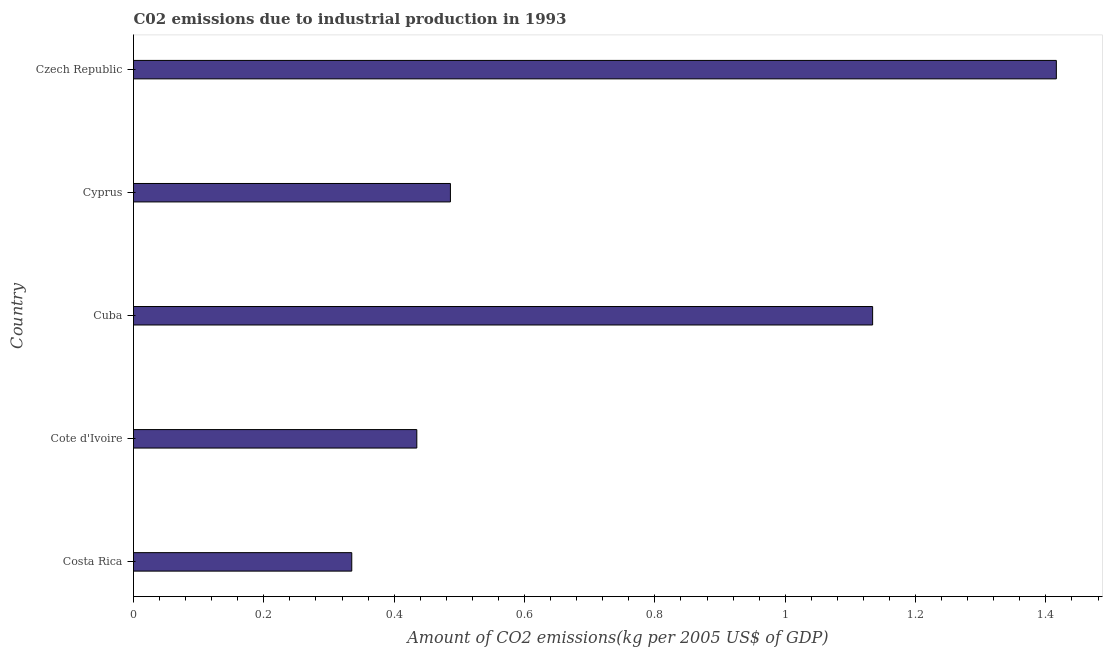
| Country | CO2 emissions  |
 | --- | --- |
 | Costa Rica | 0.335 |
 | Cote d'Ivoire | 0.435 |
 | Cuba | 1.13 |
 | Cyprus | 0.486 |
 | Czech Republic | 1.42 |